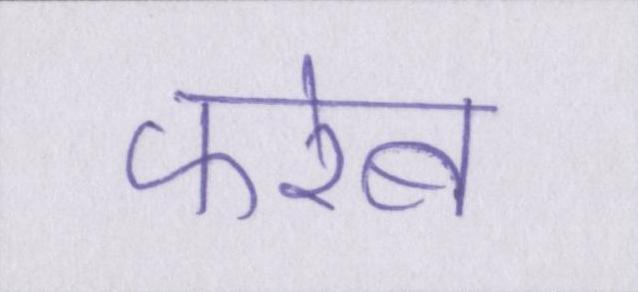
फरेब